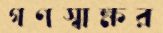
গণস্বাক্ষর